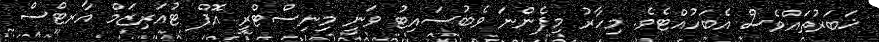
ޚަބަރުތައްވެސް އެބަހުއްޓެވެ. މިހާރު މިފެންނަ ވެބުސައިޓު ވަނީ މިނިސްޓްރީ އޮފް ޓުއަރިޒަމް އާރޓްސް